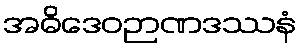
အဓိဒေဝဉာဏဒဿနံ